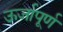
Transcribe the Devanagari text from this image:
ऊर्जापूर्ण